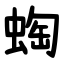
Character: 蜪